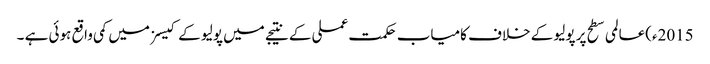
2015ء)عالمی سطح پر پولیو کے خلاف کامیاب حکمت عملی کے نتیجے میں پولیو کے کیسز میں کمی واقع ہوئی ہے ۔